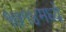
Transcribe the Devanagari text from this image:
१७१४मध्ये